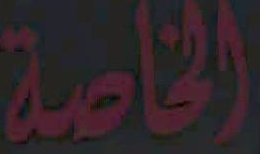
الخاصة